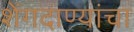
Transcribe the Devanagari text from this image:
शेंगदाण्यांचा